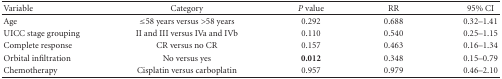
<table><thead><tr><td><b>Variable</b></td><td><b>Category</b></td><td><b><i>P </i>value</b></td><td><b>RR</b></td><td><b>95% CI</b></td></tr></thead><tbody><tr><td>Age</td><td>≤58 years versus &gt;58 years</td><td>0.292</td><td>0.688</td><td>0.32–1.41</td></tr><tr><td>UICC stage grouping</td><td>II and III versus IVa and IVb</td><td>0.110</td><td>0.540</td><td>0.25–1.15</td></tr><tr><td>Complete response</td><td>CR versus no CR</td><td>0.157</td><td>0.463</td><td>0.16–1.34</td></tr><tr><td>Orbital infiltration</td><td>No versus yes</td><td><b>0.012</b></td><td>0.348</td><td>0.15–0.79</td></tr><tr><td>Chemotherapy</td><td>Cisplatin versus carboplatin</td><td>0.957</td><td>0.979</td><td>0.46–2.10</td></tr></tbody></table>